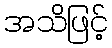
အသိဖြင့်